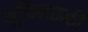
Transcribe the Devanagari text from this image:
मुकिनाइकी